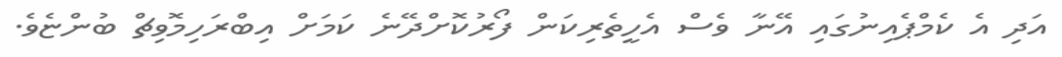
އަދި އެ ކެމްޕެއިނުގައި އޭނާ ވެސް އެހީތެރިކަން ފޯރުކޮށްދޭނެ ކަމަށް އިބްރަހިމޮވިޗް ބުންޏެވެ.